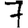
Digit: 7